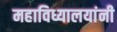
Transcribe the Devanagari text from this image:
महाविध्यालयांनी